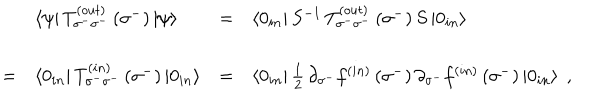
\begin{array} { l l l l } { { \ } } & { { \left< \psi \right| T _ { \sigma ^ { - } \sigma ^ { - } } ^ { \left( o u t \right) } \left( \sigma ^ { - } \right) \left| \psi \right> } } & { { = } } & { { \left< 0 _ { i n } \right| S ^ { - 1 } \, T _ { \sigma ^ { - } \sigma ^ { - } } ^ { \left( o u t \right) } \left( \sigma ^ { - } \right) S \left| 0 _ { i n } \right> } } \\ { { = } } & { { \left< 0 _ { i n } \right| T _ { \sigma ^ { - } \sigma ^ { - } } ^ { \left( i n \right) } \left( \sigma ^ { - } \right) \left| 0 _ { i n } \right> } } & { { = } } & { { \left< 0 _ { i n } \right| { \frac { 1 } { 2 } } \, \partial _ { \sigma ^ { - } } f ^ { \left( i n \right) } \left( \sigma ^ { - } \right) \partial _ { \sigma ^ { - } } f ^ { \left( i n \right) } \left( \sigma ^ { - } \right) \left| 0 _ { i n } \right> \; , } } \\ \end{array}